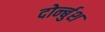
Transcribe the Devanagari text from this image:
दोर्न्बुश